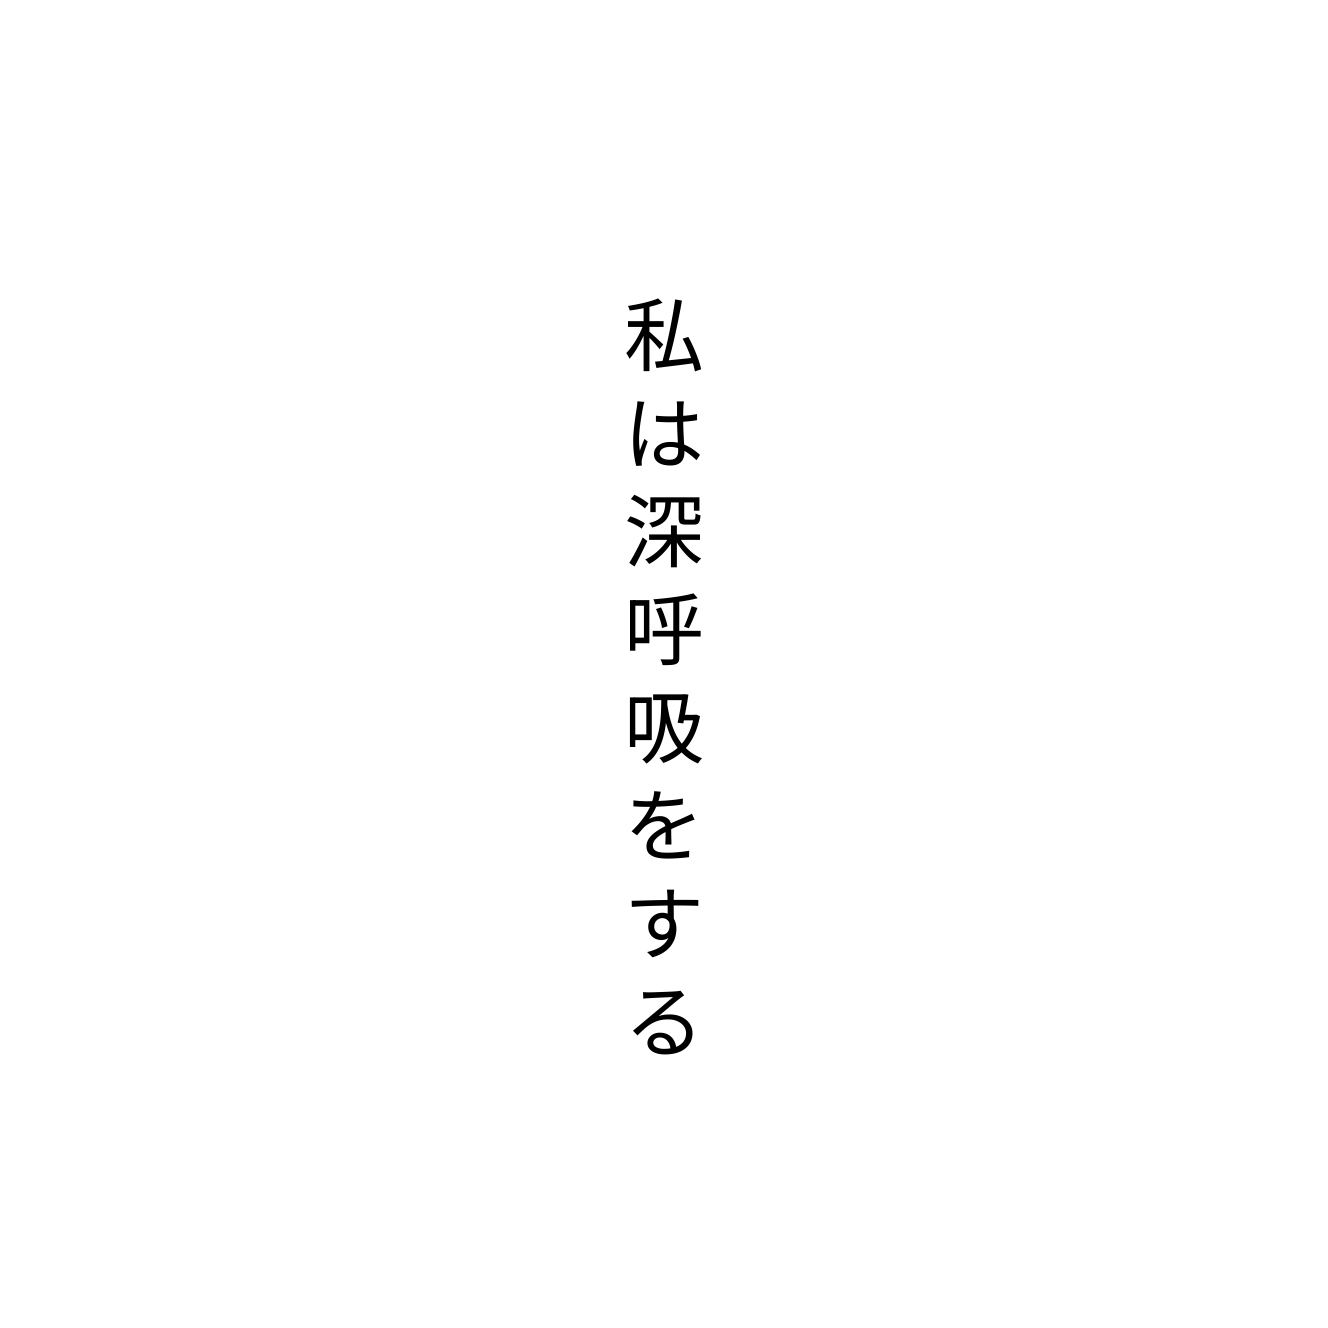
私は深呼吸をする